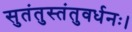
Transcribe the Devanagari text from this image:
सुतंतुस्तंतुवर्धनः।